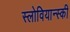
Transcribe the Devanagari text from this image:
स्लोवियान्स्की